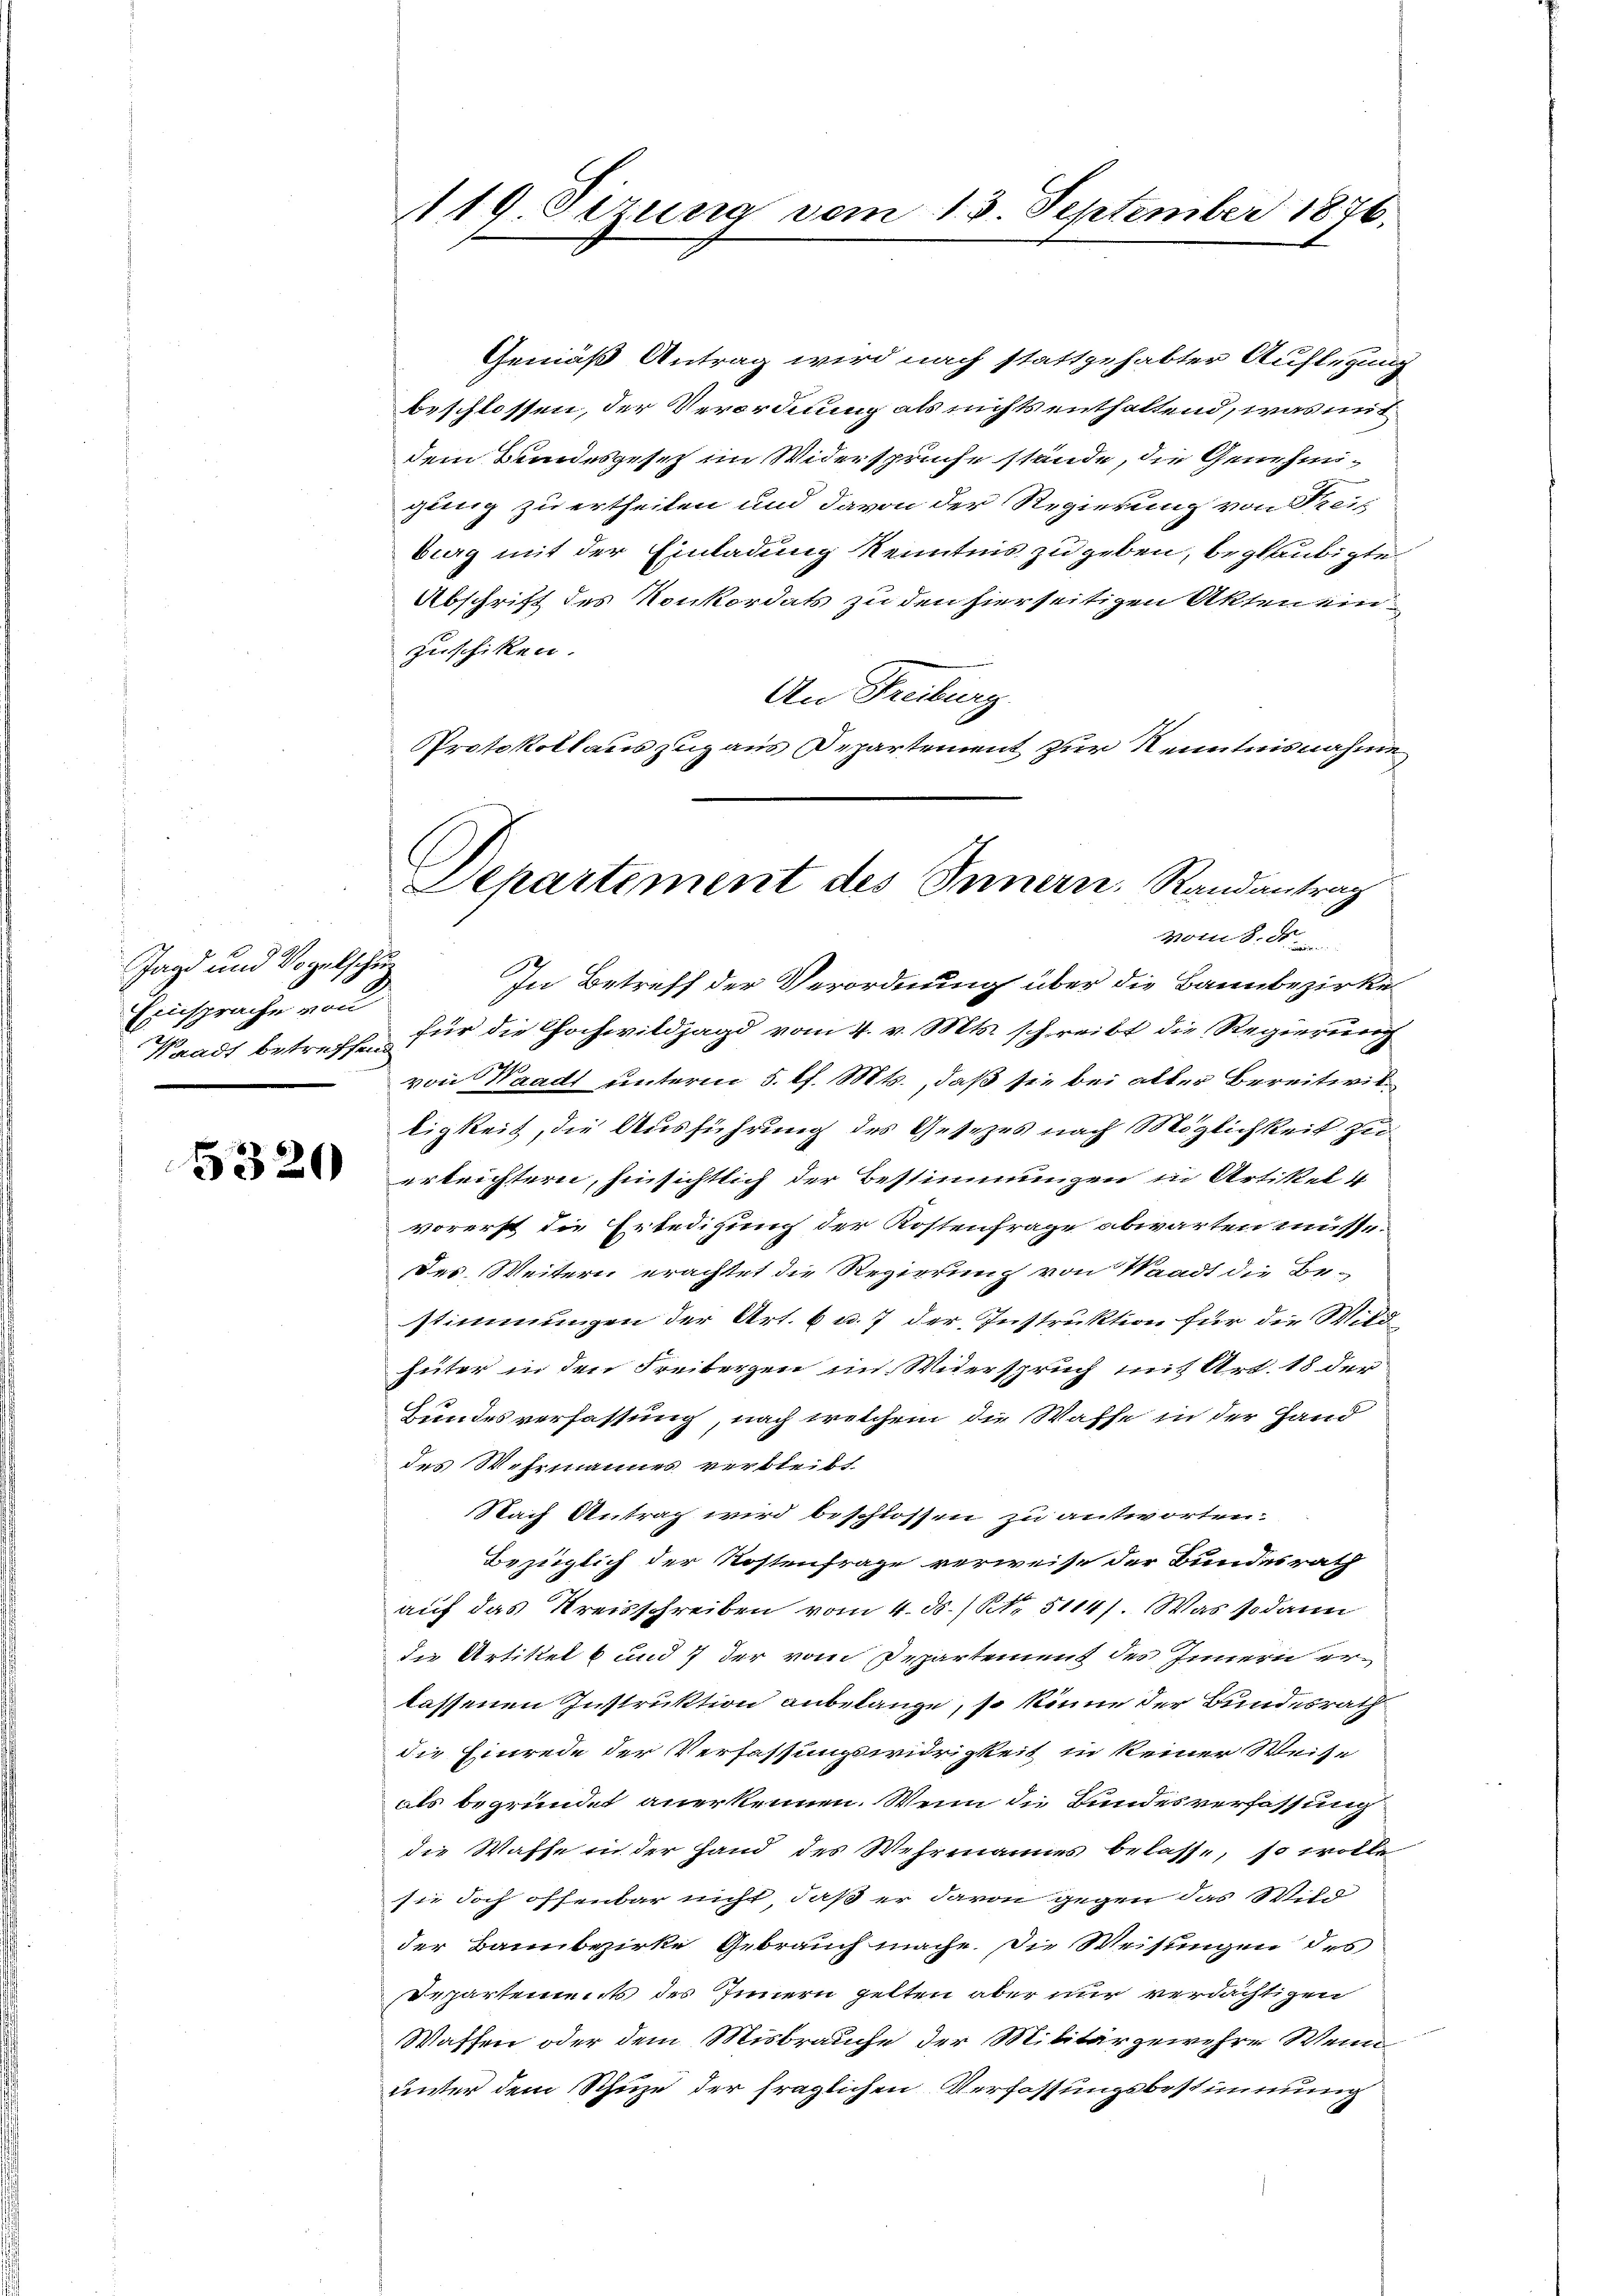
Jagd und Vogelschu
Einsprache von

5320

Gemäß Antrag wird nach stattgehabter Auflegung
beschlossen, der Verordnung als nichts enthaltend, was mit
dem Bundesgesetz im Widersprüche stände, die Genehmigung zu ertheilen und davon der Regierung von Kreis
berg mit der Einladung Kenntnis zu geben, beglaubigte
Abschrift des Konkordats zu den hierseitigen Akten einzuschiken.
An Freiburg
Protokollauszug aus Departement zur Kenntnisnahme

119. Sezung vom 15. September 1876.

Departement des Innern. Randantrag
Mons. N.

In Betreff der Verordnung über die Bannbezirke
Waadt betreffen für die Hochwildjagd vom 4. v. Mts. schreibt die Regierung
von Waadt unterm 5. d. Mts., daß sie bei aller Bereitwilligkeit, die Ausführung des Gesezes nach Möglichkeit zu
erleichtern, hinsichtlich der Bestimmungen in Artikel 4
vorerst die Erledigung der Kostenfrage abwarten müsse.
Das Weitern erachtet die Regierung von Waadt die Be-
stimmungen der Art. 6 u. 7 der Instruktion für die Wild
hüter in den Freibergen im Widerspruch mit Art. 18 der
Bundesverfassung, nach welchem die Waffe in der Hand
des Wehrmannes verbleibt
Nach Antrag wird beschlossen zu antworten.
Bezüglich der Kostenfrage verweise der Bundesrath
auf das Kreisschreiben vom 4. ds. / No. 5114/. Was sodann
die Artikel 6 und 7 der vom Departement des Innern er-
lassenen Instruktion anbelange, so könne der Bundesrath
die Einrede der Verfassungswidrigkeit in keiner Weise
als begründet anerkennen. Wenn die Bundesverfassung
die Waffe in der Hand des Wehrmannes belasse, so wolle
sie doch offenbar nicht, daß er davon gegen das Wild
der Bannbezirke Gebrauch mache. Die Weisungen des
Departement des Innern gelten aber nur verdächtigen
Waffen oder dem Misbrauche der Militärgewehre Wenn
unter dem Schuze der fraglichen Verfassungsbestimmung